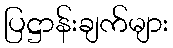
ပြဋ္ဌာန်းချက်များ